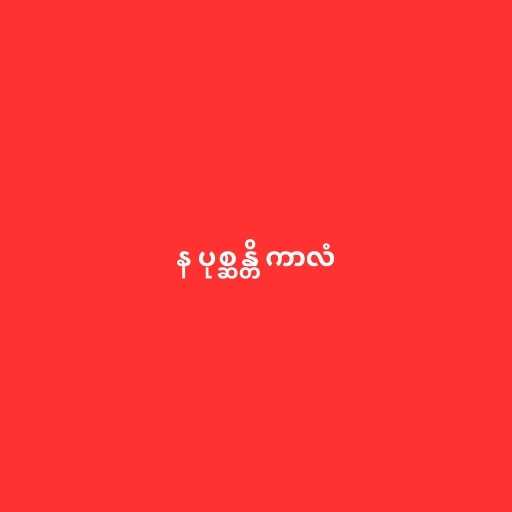
န ပုစ္ဆန္တိ ကာလံ